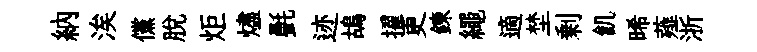
納涘儻脫炬燼㲲迹鴣擢更錬繩適埜剰飢晞薤浙